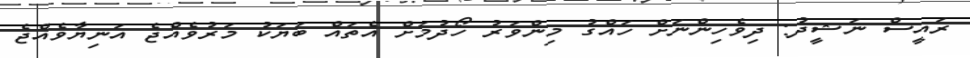
ރައީސް ނަޝީދު: ދިވެހިންނަށް ހައްގު މިންވަރު ހޯދުމަށް އެތައް ބަޔަކު މަރުވެއްޖެ އަނިޔާވެއްޖެ